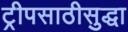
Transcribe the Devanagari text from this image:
ट्रीपसाठीसुद्धा